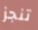
تنجز